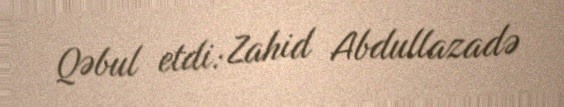
Qəbul etdi: Zahid Abdullazadə